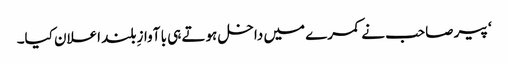
‘ پیر صاحب نے کمرے میں داخل ہوتے ہی با آوازِ بلند اعلان کیا۔